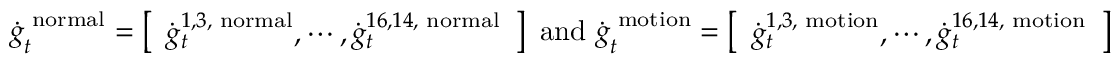
\dot { \boldsymbol g } _ { t } ^ { \mathrm { \scriptsize ~ n o r m a l } } = \left[ \begin{array} { l } { \dot { g } _ { t } ^ { 1 , 3 , \mathrm { \scriptsize ~ n o r m a l } } , \cdots , \dot { g } _ { t } ^ { 1 6 , 1 4 , \mathrm { \scriptsize ~ n o r m a l } } } \end{array} \right] \mathrm { ~ a n d ~ } \dot { \boldsymbol g } _ { t } ^ { \mathrm { \scriptsize ~ m o t i o n } } = \left[ \begin{array} { l } { \dot { g } _ { t } ^ { 1 , 3 , \mathrm { \scriptsize ~ m o t i o n } } , \cdots , \dot { g } _ { t } ^ { 1 6 , 1 4 , \mathrm { \scriptsize ~ m o t i o n } } } \end{array} \right]